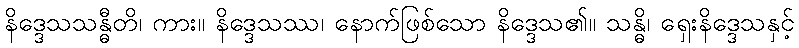
နိဒ္ဒေသသန္ဓီတိ၊ ကား။ နိဒ္ဒေသဿ၊ နောက်ဖြစ်သော နိဒ္ဒေသ၏။ သန္ဓိ၊ ရှေးနိဒ္ဒေသနှင့်